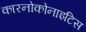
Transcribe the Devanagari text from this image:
कारनोकोनाइटिस